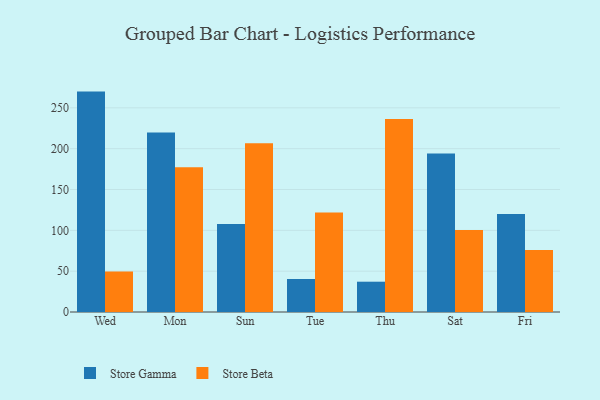
{"axis": {"x": "Day", "y": "Churn Rate (%)"}, "legend": ["Store Beta", "Store Gamma"], "data": [{"x": "Wed", "y": 269.9, "type": "Store Gamma"}, {"x": "Wed", "y": 49.6, "type": "Store Beta"}, {"x": "Mon", "y": 219.9, "type": "Store Gamma"}, {"x": "Mon", "y": 177.4, "type": "Store Beta"}, {"x": "Sun", "y": 107.8, "type": "Store Gamma"}, {"x": "Sun", "y": 206.6, "type": "Store Beta"}, {"x": "Tue", "y": 40.4, "type": "Store Gamma"}, {"x": "Tue", "y": 121.9, "type": "Store Beta"}, {"x": "Thu", "y": 37.1, "type": "Store Gamma"}, {"x": "Thu", "y": 236.4, "type": "Store Beta"}, {"x": "Sat", "y": 194.2, "type": "Store Gamma"}, {"x": "Sat", "y": 100.3, "type": "Store Beta"}, {"x": "Fri", "y": 120.1, "type": "Store Gamma"}, {"x": "Fri", "y": 75.9, "type": "Store Beta"}]}